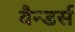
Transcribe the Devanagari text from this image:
वैन्डर्स